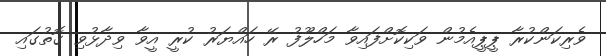
ވެރިކަންކުރާ ޕީޕީއެމުން ވަކިކޮށްފައިވާ މަހްލޫފު ރޭ ހައްޔަރު ކުރީ އީވާ ވިދާޅުވި ގޮތުގައި